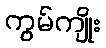
ကွမ်ကျိုး